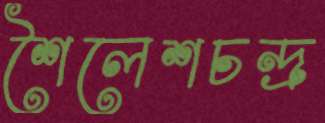
শৈলেশচন্দ্র